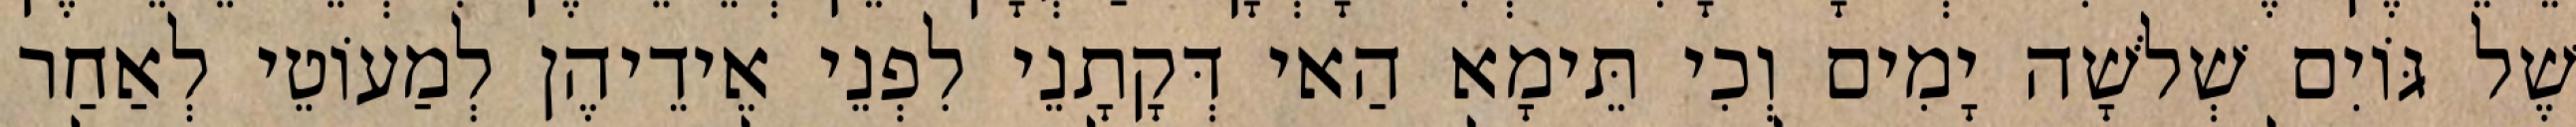
שֶׁל גּוֹיִם שְׁלֹשָׁה יָמִים וְכִי תֵּימָא הַאי דְּקָתָנֵי לִפְנֵי אֵידֵיהֶן לְמַעוֹטֵי לְאַחַר